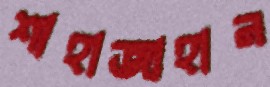
শাহাজাহান